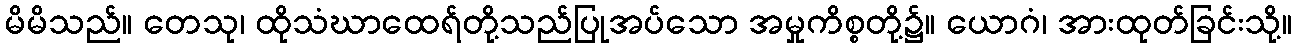
မိမိသည်။ တေသု၊ ထိုသံဃာထေရ်တို့သည်ပြုအပ်သော အမှုကိစ္စတို့၌။ ယောဂံ၊ အားထုတ်ခြင်းသို့။